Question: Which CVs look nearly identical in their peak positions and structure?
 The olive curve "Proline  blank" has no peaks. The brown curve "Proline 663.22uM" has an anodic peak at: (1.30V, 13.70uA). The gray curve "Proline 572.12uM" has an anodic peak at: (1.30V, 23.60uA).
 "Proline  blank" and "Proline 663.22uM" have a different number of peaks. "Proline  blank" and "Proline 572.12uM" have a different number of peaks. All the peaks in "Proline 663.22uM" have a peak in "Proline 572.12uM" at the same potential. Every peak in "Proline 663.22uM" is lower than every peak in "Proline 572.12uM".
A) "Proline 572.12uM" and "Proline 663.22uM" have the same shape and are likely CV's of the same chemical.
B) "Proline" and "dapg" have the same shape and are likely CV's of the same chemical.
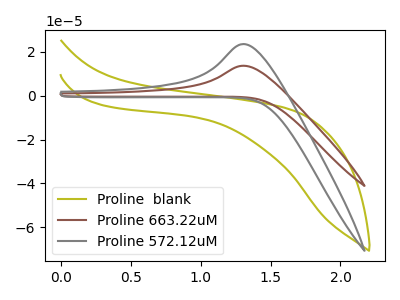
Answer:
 <answer>A) "Proline 572.12uM" and "Proline 663.22uM" have the same shape and are likely CV's of the same chemical.</answer>
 <eval>A</eval>